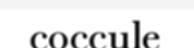
coccule